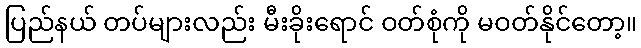
ပြည်နယ် တပ်များလည်း မီးခိုးရောင် ဝတ်စုံကို မဝတ်နိုင်တော့။